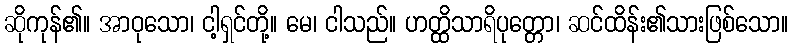
ဆိုကုန်၏။ အာဝုသော၊ ငါ့ရှင်တို့။ မေ၊ ငါသည်။ ဟတ္ထိသာရိပုတ္တော၊ ဆင်ထိန်း၏သားဖြစ်သော။